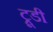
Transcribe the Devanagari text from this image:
ट्रूडी